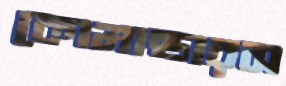
কোমান্ডারস